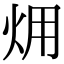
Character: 㶲